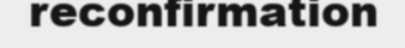
reconfirmation